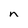
Character: n